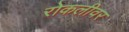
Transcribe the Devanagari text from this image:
रोकलीवर